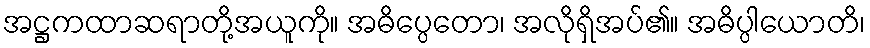
အဋ္ဌကထာဆရာတို့အယူကို။ အဓိပ္ပေတော၊ အလိုရှိအပ်၏။ အဓိပ္ပါယောတိ၊